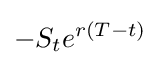
-S_{t}e^{r(T-t)}